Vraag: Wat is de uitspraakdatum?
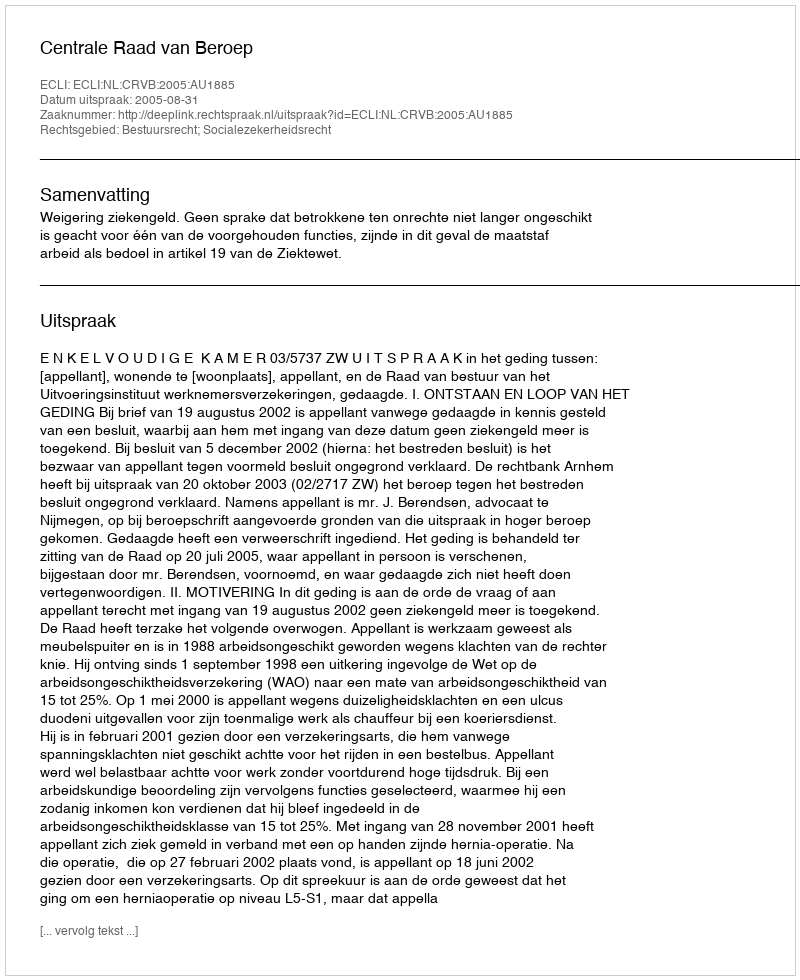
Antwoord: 2005-08-31